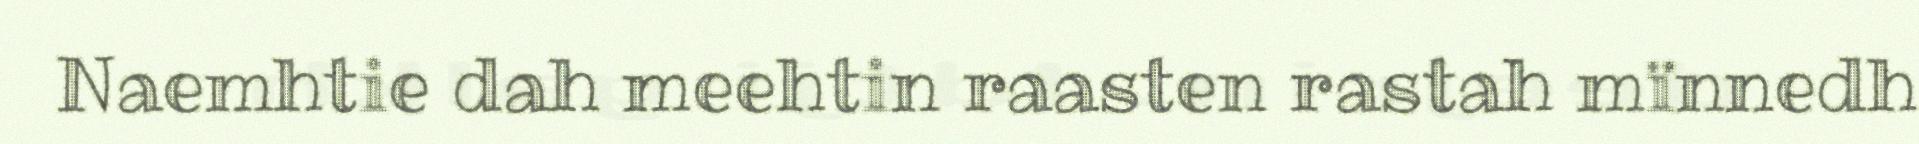
Naemhtie dah meehtin raasten rastah mïnnedh